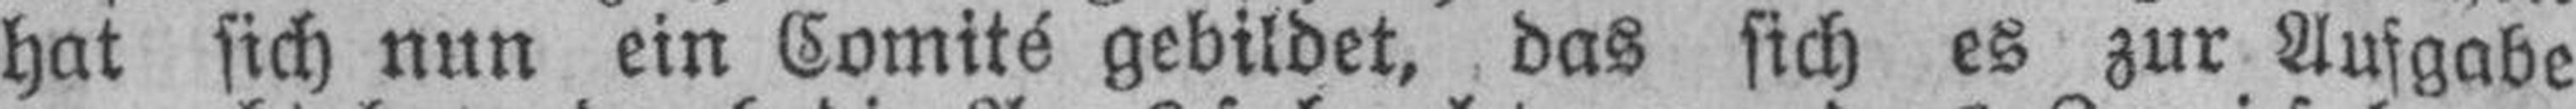
hat sich nun ein Comité gebildet, das sich es zur Aufgabe